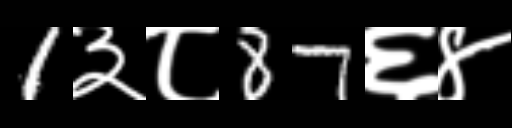
Text: 1३८87६४